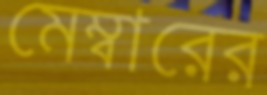
মেম্বারের